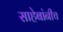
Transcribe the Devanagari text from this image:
साहेबांनीच